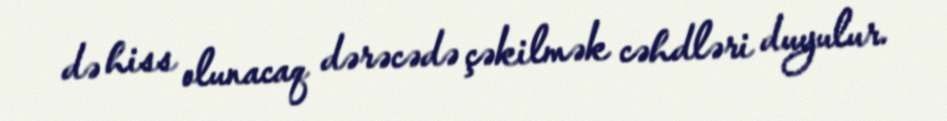
də hiss olunacaq dərəcədə çəkilmək cəhdləri duyulur.